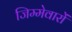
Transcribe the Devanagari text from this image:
जिम्मेवारों